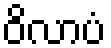
ဝိလာပံ